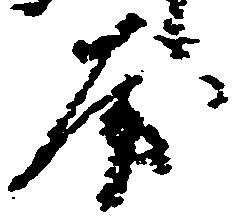
房